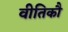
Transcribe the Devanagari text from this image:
वीतिकौ